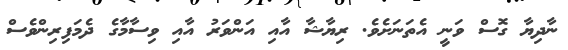
ނާދިޔާ ގޮސް ވަނީ އެތަނަށެވެ. ރިޔާޝާ އާއި އަންވަރު އާއި ވިސާމާގެ ދެމަފިރިންވެސް